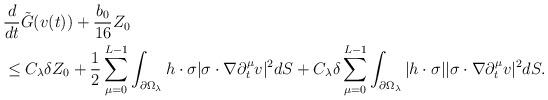
LaTeX: \begin{align*}&\frac{d}{dt}\tilde{G}(v(t)) + \frac{b_0}{16} Z_0 \\&\leq C_\lambda \delta Z_0 + \frac{1}{2} \sum_{\mu=0}^{L-1}\int_{\partial \Omega_\lambda} h \cdot \sigma |\sigma \cdot \nabla \partial_t^\mu v|^2 dS + C_\lambda \delta \sum_{\mu=0}^{L-1} \int_{\partial \Omega_\lambda} |h \cdot \sigma| |\sigma \cdot \nabla \partial_t^\mu v|^2 dS.\end{align*}